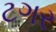
ટગર